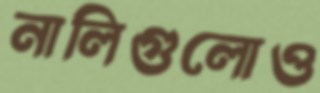
নালিগুলোও